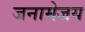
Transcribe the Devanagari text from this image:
जनामेजय